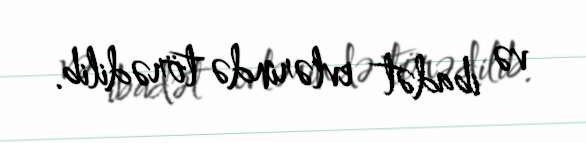
və ibadət evlərində törədilib.